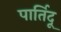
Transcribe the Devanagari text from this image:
पार्तिदू